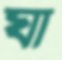
ঘা